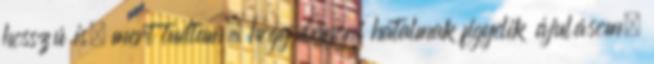
hosszú is, mert tudtam, hogy démoni hatalmak figyelik ájulásom,